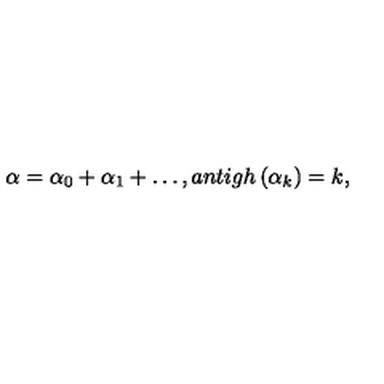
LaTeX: \alpha = \alpha _ { 0 } + \alpha _ { 1 } + \ldots , a n t i g h \left( \alpha _ { k } \right) = k ,